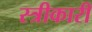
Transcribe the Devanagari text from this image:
स्त्रीकारी